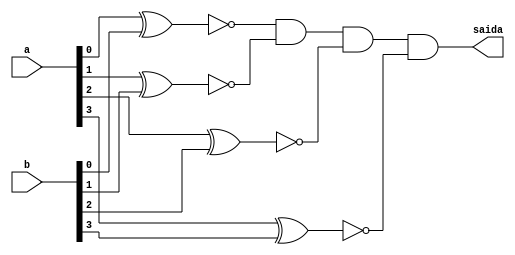
// ------------------------- 
// Exemplo0023 - COMPARADOR
// Nome: Ana Cristina Pereira Teixeira
// ------------------------- 

// ------------------------- 
// --- igualdade
// ------------------------- 
module igualdade (output saida, input [3:0]a, input [3:0]b);
	
	wire [3:0]s;
	
	xnor XNOR1 (s[0], a[0], b[0]);
	xnor XNOR2 (s[1], a[1], b[1]);
	xnor XNOR3 (s[2], a[2], b[2]);
	xnor XNOR4 (s[3], a[3], b[3]);
	
	and AND1 (saida, s[0], s[1], s[2], s[3]);
	
endmodule // -- igualdade

// ------------------------- 
// --- modulo de teste
// ------------------------- 
module test_igualdade;
	
	reg  [3:0] x;
	reg  [3:0] y;
	
	wire z;
	
	igualdade modulo (z, x, y);
	
	// --- parte principal
	initial begin
		$display("Exemplo0023 - Ana Cristina Pereira Teixeira(427385)");
		$display("Test ALU's comparador para igualdade \n");
		
		$display("x == y --->  saida \n");
		#1 x = 4'b0001; y = 4'b0010;
		$monitor("%4b == %4b ---> %4b", x, y, z);

		#1 x = 4'b1010; y = 4'b1100;
		#1 x = 4'b1110; y = 4'b1110;
		#1 x = 4'b0100; y = 4'b0011;
		#1 x = 4'b0011; y = 4'b0101;
		#1 x = 4'b0000; y = 4'b1111;
		#1 x = 4'b1010; y = 4'b1010;
		
	end
	
endmodule // -- igualdade
// --- previsao de testes
// --
// -- x == y --->  saida
// --
// -- 0001 == 0010 --->    0
// -- 1010 == 1100 --->    0
// -- 1110 == 1110 --->    1
// -- 0100 == 0011 --->    0
// -- 0011 == 0101 --->    0
// -- 0000 == 1111 --->    0
// -- 1010 == 1010 --->    1